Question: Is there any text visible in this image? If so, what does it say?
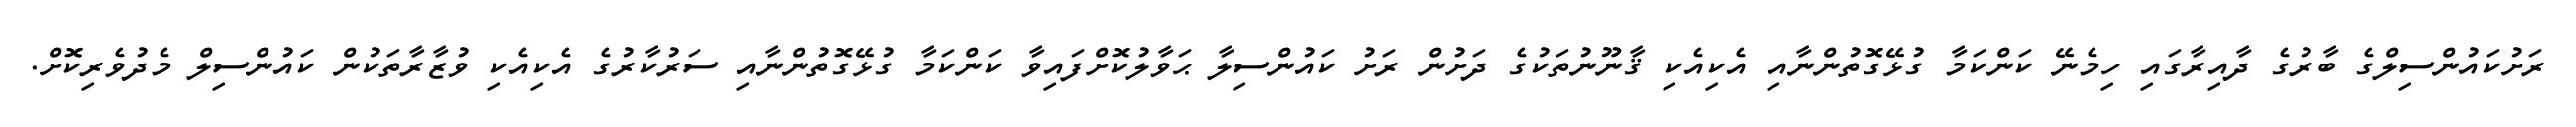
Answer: ރަށުކައުންސިލްގެ ބާރުގެ ދާއިރާގައި ހިމެނޭ ކަންކަމާ ގުޅޭގޮތުންނާއި އެކިއެކި ޤާނޫނުތަކުގެ ދަށުން ރަށު ކައުންސިލާ ޙަވާލުކޮށްފައިވާ ކަންކަމާ ގުޅޭގޮތުންނާއި ސަރުކާރުގެ އެކިއެކި ވުޒާރާތަކުން ކައުންސިލް މެދުވެރިކޮށް.